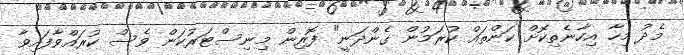
މެދު މިހާ އިހާނެތިކޮށް ކަންތައް ކުރަމުން ގެންދަނީ" ފޮރިން މިނިސްޓަރުކަން ވެސް ކުރައްވާފައިވާ